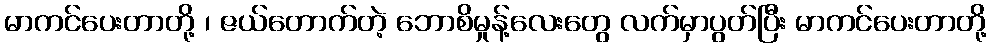
မာကင်ပေးတာတို့ ၊ ဇယ်တောက်တဲ့ ဘောစိမှုန့်လေးတွေ လက်မှာပွတ်ပြီး မာကင်ပေးတာတို့